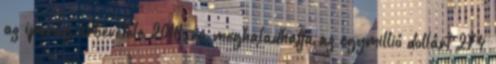
az iparág árbevétele 2018-ra meghaladhatja az egymillió dollárt 274